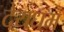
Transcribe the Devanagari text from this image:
देयधम